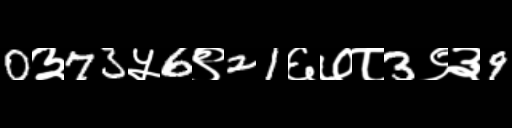
Text: 0३73५6९21६७८3९३9